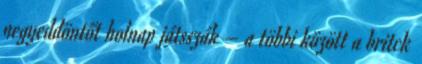
negyeddöntőt holnap játsszák – a többi között a britek